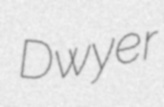
Dwyer